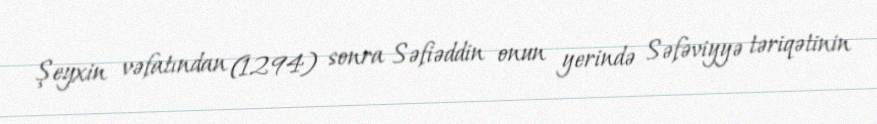
Şeyxin vəfatından (1294) sonra Səfiəddin onun yerində Səfəviyyə təriqətinin